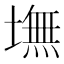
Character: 墲